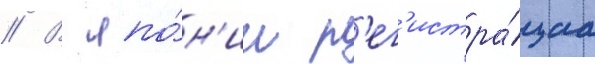
// В япо́н'ии р'ег'истра́циа